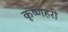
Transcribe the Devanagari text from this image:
कृष्णहरी